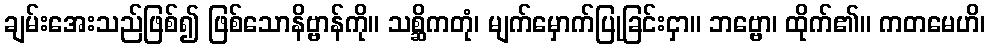
ချမ်းအေးသည်ဖြစ်၍ ဖြစ်သောနိဗ္ဗာန်ကို။ သစ္ဆိကတုံ၊ မျက်မှောက်ပြုခြင်းငှာ။ ဘဗ္ဗော၊ ထိုက်၏။ ကတမေဟိ၊